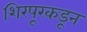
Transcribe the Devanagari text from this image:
शिरपूरकडून